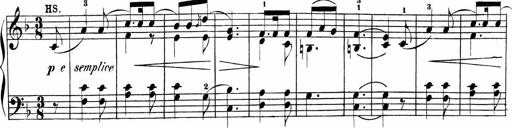
Title: Sonatinas
Composer: Andrew Violette